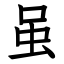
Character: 虽